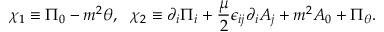
\chi _ { 1 } \equiv \Pi _ { 0 } - m ^ { 2 } \theta , ~ ~ \chi _ { 2 } \equiv \partial _ { i } \Pi _ { i } + { \frac { \mu } { 2 } } \epsilon _ { i j } \partial _ { i } A _ { j } + m ^ { 2 } A _ { 0 } + \Pi _ { \theta } .